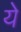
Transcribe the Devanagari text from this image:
येे